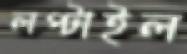
লপ্‌টাইল